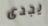
يجدى